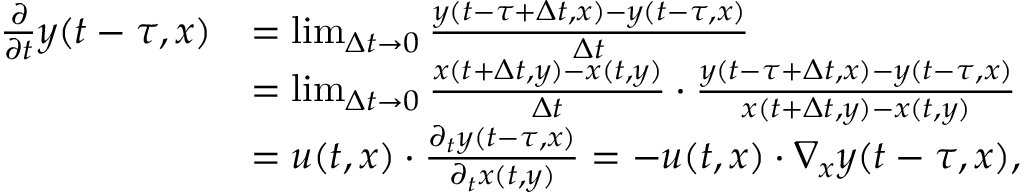
\begin{array} { r l } { \frac { \partial } { \partial t } y ( t - \tau , x ) } & { = \operatorname* { l i m } _ { \Delta t \rightarrow 0 } \frac { y ( t - \tau + \Delta t , x ) - y ( t - \tau , x ) } { \Delta t } } \\ & { = \operatorname* { l i m } _ { \Delta t \rightarrow 0 } \frac { x ( t + \Delta t , y ) - x ( t , y ) } { \Delta t } \cdot \frac { y ( t - \tau + \Delta t , x ) - y ( t - \tau , x ) } { x ( t + \Delta t , y ) - x ( t , y ) } } \\ & { = u ( t , x ) \cdot \frac { \partial _ { t } y ( t - \tau , x ) } { \partial _ { t } x ( t , y ) } = - u ( t , x ) \cdot \nabla _ { x } y ( t - \tau , x ) , } \end{array}